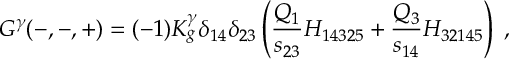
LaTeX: G ^ { \gamma } ( - , - , + ) = ( - 1 ) K _ { g } ^ { \gamma } \delta _ { 1 4 } \delta _ { 2 3 } \left( { \frac { Q _ { 1 } } { s _ { 2 3 } } } H _ { 1 4 3 2 5 } + { \frac { Q _ { 3 } } { s _ { 1 4 } } } H _ { 3 2 1 4 5 } \right) \; ,